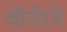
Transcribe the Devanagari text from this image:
वॉर्नरने